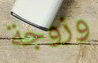
وزوجة